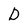
Character: D